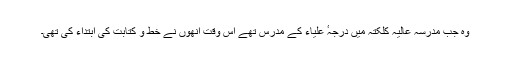
وہ جب مدرسہ عالیہ کلکتہ میں درجہٴ علیاء کے مدرس تھے اُس وقت انھوں نے خط و کتابت کی ابتداء کی تھی۔